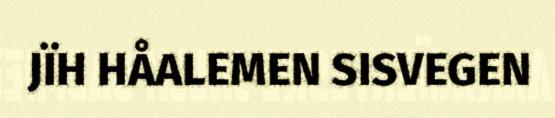
JÏH HÅALEMEN SISVEGEN